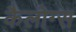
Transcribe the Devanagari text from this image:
कैलोग्स